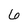
Character: 6